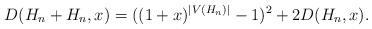
LaTeX: \begin{align*}D(H_n+ H_n,x)= ((1+x)^{|V(H_n)|}-1)^2+2D(H_{n},x).\end{align*}